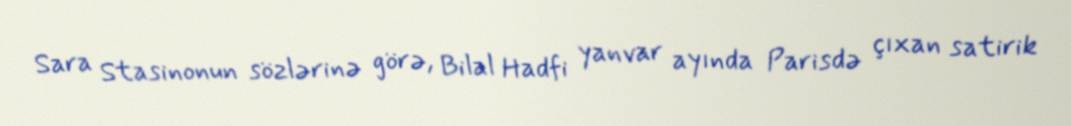
Sara Stasinonun sözlərinə görə, Bilal Hadfi yanvar ayında Parisdə çıxan satirik